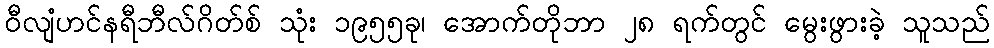
ဝီလျံဟင်နရီဘီလ်ဂိတ်စ် သုံး ၁၉၅၅ခု၊ အောက်တိုဘာ ၂၈ ရက်တွင် မွေးဖွားခဲ့ သူသည်